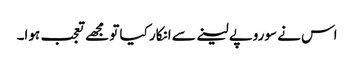
اس نے سوروپے لینے سے انکار کیا تو مجھے تعجب ہوا۔